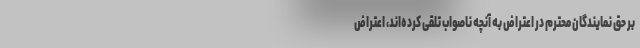
بر حق نمایندگان محترم در اعتراض به آنچه ناصواب تلقی کرده‌اند، اعتراض